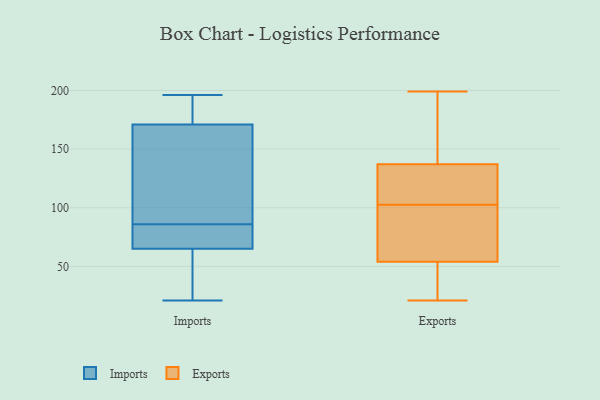
{"axis": {"x": "Revenue (USD Million)", "y": "Value"}, "legend": ["Exports", "Imports"], "data": [{"x": "", "y": 76, "type": "Imports"}, {"x": "", "y": 147, "type": "Imports"}, {"x": "", "y": 21, "type": "Imports"}, {"x": "", "y": 96, "type": "Imports"}, {"x": "", "y": 171, "type": "Imports"}, {"x": "", "y": 196, "type": "Imports"}, {"x": "", "y": 172, "type": "Imports"}, {"x": "", "y": 58, "type": "Imports"}, {"x": "", "y": 65, "type": "Imports"}, {"x": "", "y": 68, "type": "Imports"}, {"x": "", "y": 30, "type": "Exports"}, {"x": "", "y": 127, "type": "Exports"}, {"x": "", "y": 63, "type": "Exports"}, {"x": "", "y": 97, "type": "Exports"}, {"x": "", "y": 82, "type": "Exports"}, {"x": "", "y": 44, "type": "Exports"}, {"x": "", "y": 57, "type": "Exports"}, {"x": "", "y": 128, "type": "Exports"}, {"x": "", "y": 21, "type": "Exports"}, {"x": "", "y": 199, "type": "Exports"}, {"x": "", "y": 176, "type": "Exports"}, {"x": "", "y": 186, "type": "Exports"}, {"x": "", "y": 132, "type": "Exports"}, {"x": "", "y": 137, "type": "Exports"}, {"x": "", "y": 108, "type": "Exports"}, {"x": "", "y": 54, "type": "Exports"}, {"x": "", "y": 161, "type": "Exports"}, {"x": "", "y": 25, "type": "Exports"}]}